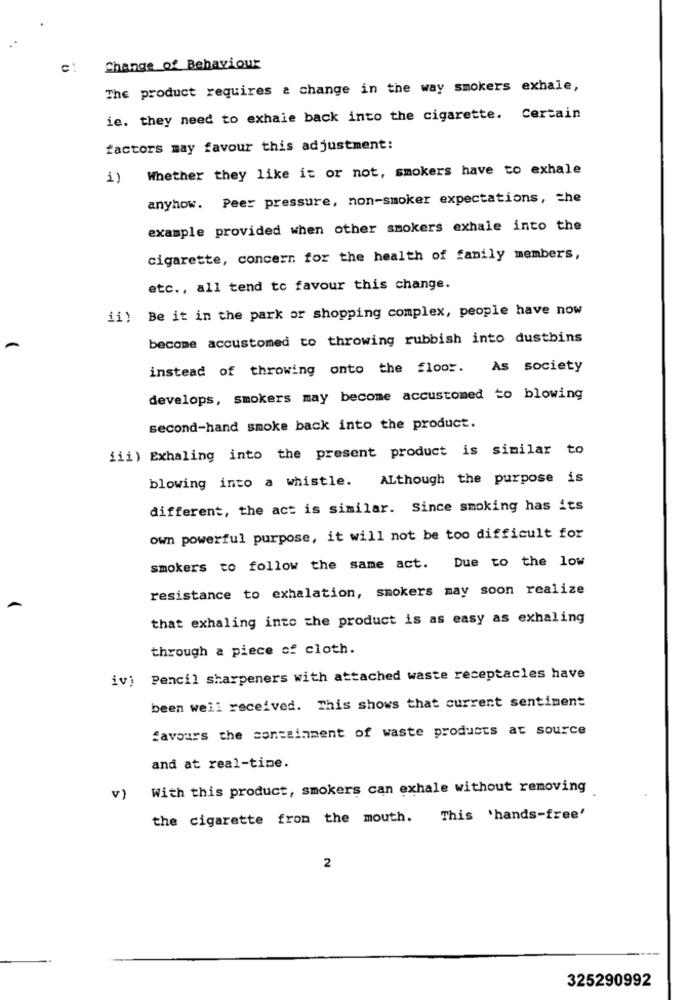
Change of Behaviour
The product requires a change in the way smokers exhale,
ie. they need to exhale back into the cigarette. Certain
factors may favour this adjustment:
Whether they like it or not, smokers have to exhale
1)
anyhow. Peer pressure, non-smoker expectations, the
example provided when other smokers exhale into the
cigarette, concern for the health of family members,
etc ., all tend to favour this change.
ii) Be it in the park or shopping complex, people have now
become accustomed to throwing rubbish into dustbins
instead of throwing onto the floor. As society
develops, smokers may become accustomed to blowing
second-hand smoke back into the product.
iii) Exhaling into the present product is similar to
blowing into a whistle. ALthough the purpose is
different, the act is similar. Since smoking has its
own powerful purpose, it will not be too difficult for
smokers to follow the same act. Due to the low
resistance to exhalation, smokers may soon realize
that exhaling into the product is as easy as exhaling
through a piece of cloth.
ivi Pencil sharpeners with attached waste receptacles have
been well received. This shows that current sentiment
favours the containment of waste products at source
and at real-time.
V)
With this product, smokers can exhale without removing
the cigarette from the mouth. This 'hands-free'
2
325290992